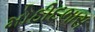
મોઠીદભાસ